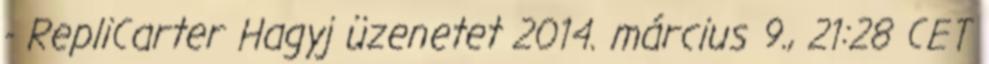
- RepliCarter Hagyj üzenetet 2014. március 9., 21:28 CET